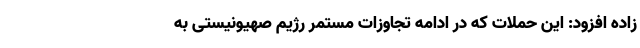
زاده افزود: این حملات که در ادامه تجاوزات مستمر رژیم صهیونیستی به